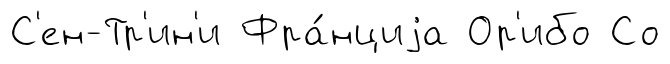
С'ен-Тр'ин'и Фра́нциjа Ор'ибо Со